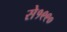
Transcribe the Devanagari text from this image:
से१९९०